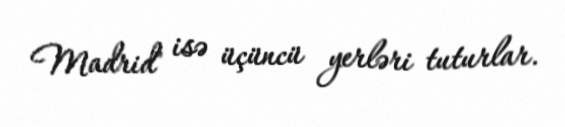
Madrid" isə üçüncü yerləri tuturlar.